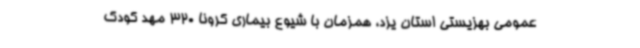
عمومی بهزیستی استان یزد، همزمان با شیوع بیماری کرونا 320 مهد کودک